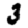
Digit: 3